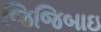
જિજિબાઇ